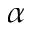
\alpha